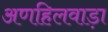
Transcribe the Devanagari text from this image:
अणहिलवाड़ा